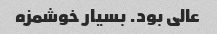
عالی بود. بسیار خوشمزه